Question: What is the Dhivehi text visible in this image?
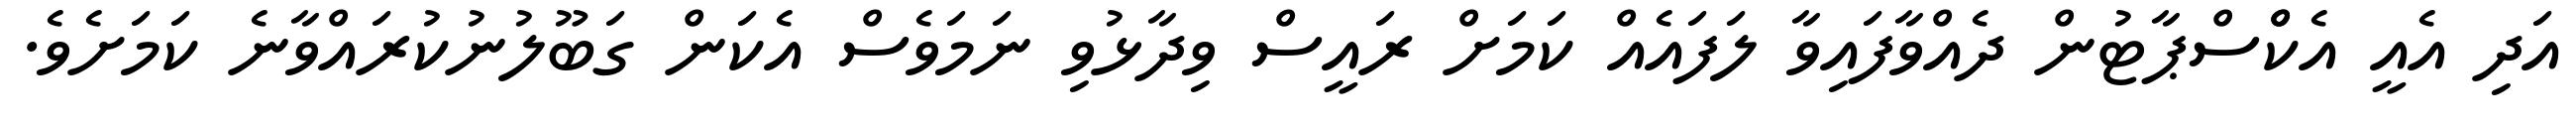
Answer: އަދި އެއީ އެކްްސްޕާޓުން ދެއްވާފައިވާ ލަފައެއް ކަމަށް ރައީސް ވިދާޅުވި ނަމަވެސް އެކަން ގަބޫލުނުކުރައްވާނެ ކަމަށެވެ.